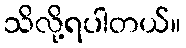
သိလို့ရပါတယ်။